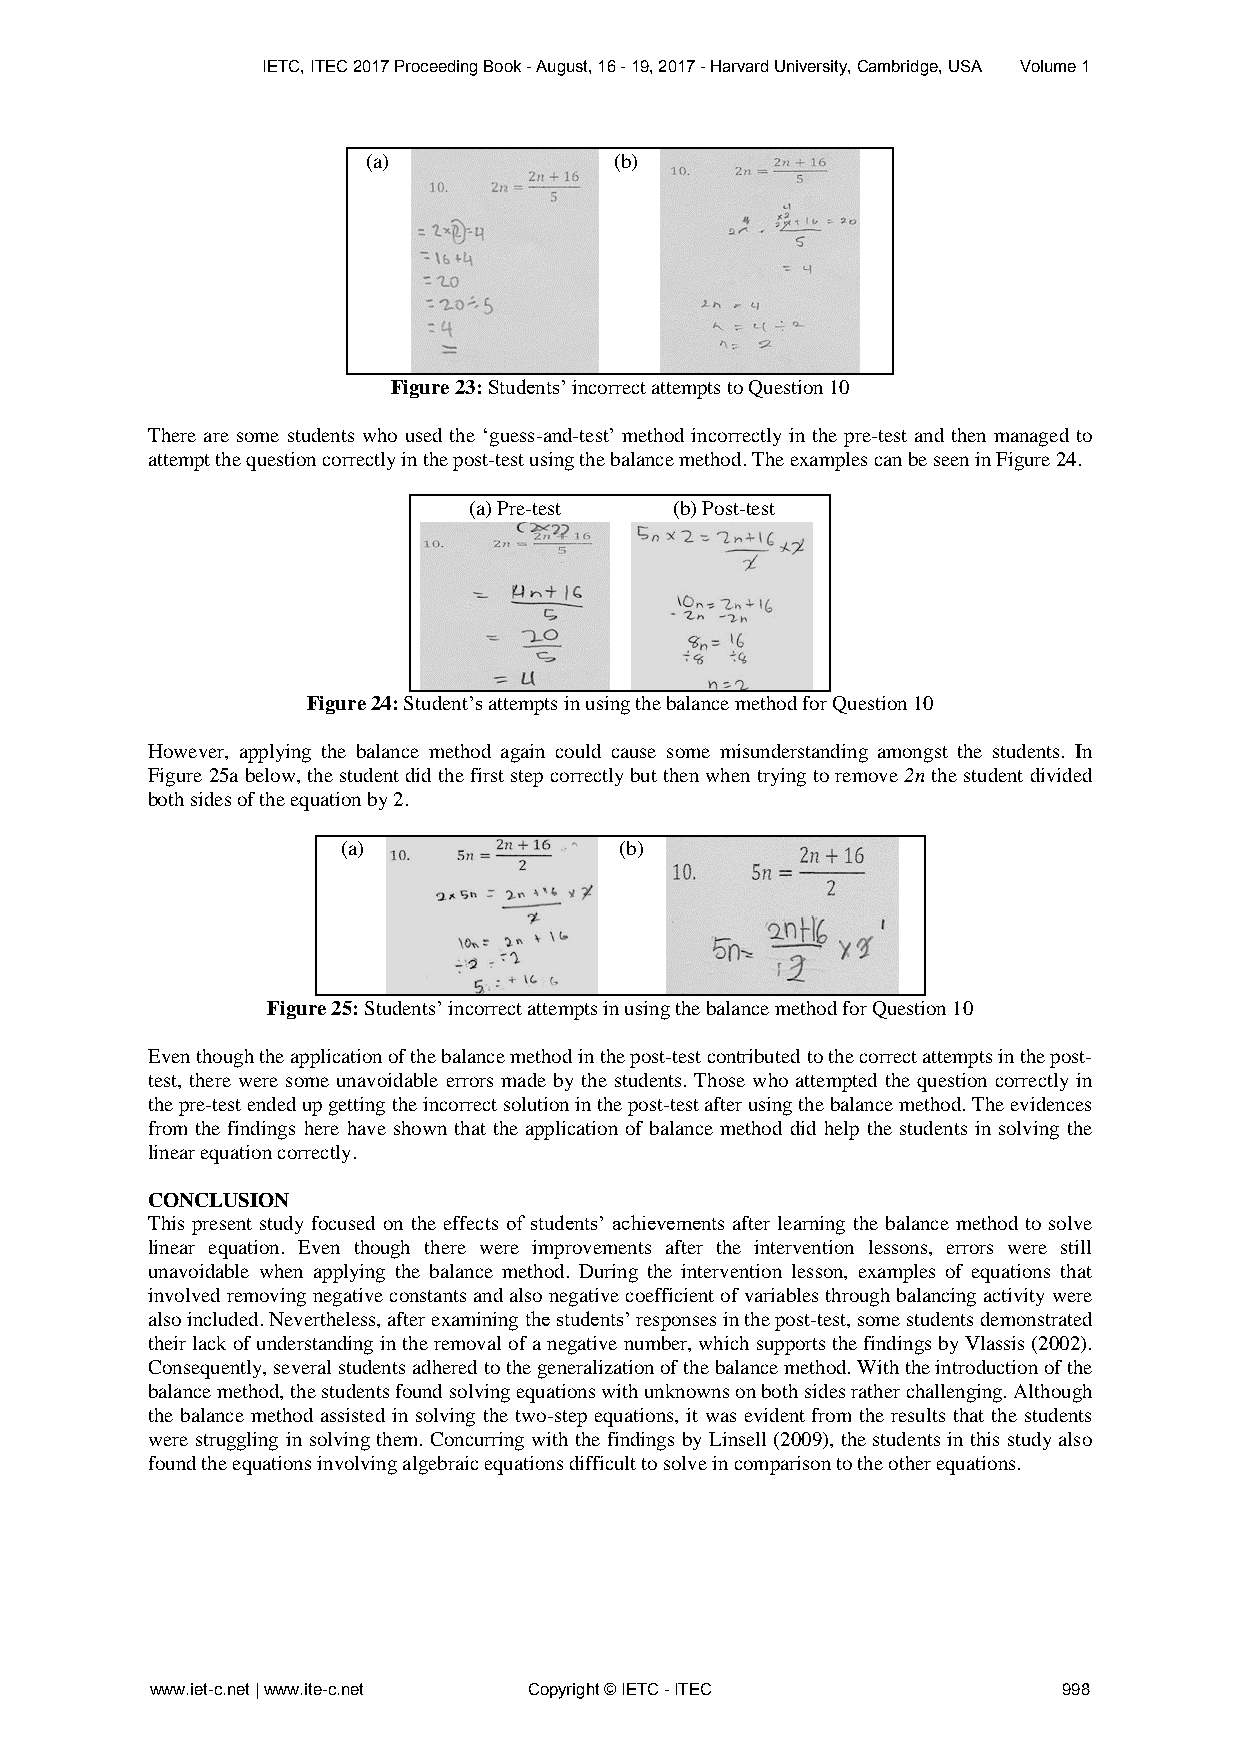
IETC, ITEC 2017 Proceeding Book - August, 16 - 19, 2017 - Harvard University, Cambridge, USA Volume 1
 (a)              (b)
 Figure 23: Students’ incorrect attempts to Question 10
 There are some students who used the ‘guess-and-test’ method incorrectly in the pre-test and then managed to
 attempt the question correctly in the post-test using the balance method. The examples can be seen in Figure 24.
 (a) Pre-test  (b) Post-test
 Figure 24: Student’s attempts in using the balance method for Question 10
 However, applying the balance method again could cause some misunderstanding amongst the students. In
 Figure 25a below, the student did the first step correctly but then when trying to remove 2n the student divided
 both sides of the equation by 2.
 (a)               (b)
 Figure 25: Students’ incorrect attempts in using the balance method for Question 10
 Even though the application of the balance method in the post-test contributed to the correct attempts in the post-
 test, there were some unavoidable errors made by the students. Those who attempted the question correctly in
 the pre-test ended up getting the incorrect solution in the post-test after using the balance method. The evidences
 from the findings here have shown that the application of balance method did help the students in solving the
 linear equation correctly.
 CONCLUSION
 This present study focused on the effects of students’ achievements after learning the balance method to solve
 linear equation. Even though there were improvements after the intervention lessons, errors were still
 unavoidable when applying the balance method. During the intervention lesson, examples of equations that
 involved removing negative constants and also negative coefficient of variables through balancing activity were
 also included. Nevertheless, after examining the students’ responses in the post-test, some students demonstrated
 their lack of understanding in the removal of a negative number, which supports the findings by Vlassis (2002).
 Consequently, several students adhered to the generalization of the balance method. With the introduction of the
 balance method, the students found solving equations with unknowns on both sides rather challenging. Although
 the balance method assisted in solving the two-step equations, it was evident from the results that the students
 were struggling in solving them. Concurring with the findings by Linsell (2009), the students in this study also
 found the equations involving algebraic equations difficult to solve in comparison to the other equations.
 www.iet-c.net | www.ite-c.net Copyright © IETC - ITEC       998